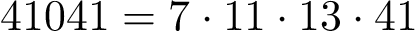
4 1 0 4 1 = 7 \cdot 1 1 \cdot 1 3 \cdot 4 1